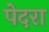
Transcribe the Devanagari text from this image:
पेदरा